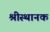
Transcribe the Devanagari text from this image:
श्रीस्थानक